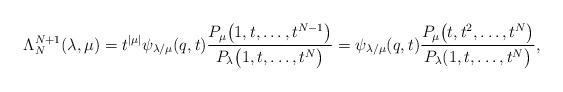
LaTeX: \begin{align*}\Lambda^{N+1}_N(\lambda, \mu) = t^{|\mu|}\psi_{\lambda/\mu}(q, t)\frac{P_{\mu}\big(1, t, \dots, t^{N-1}\big)}{P_{\lambda}\big(1, t, \dots, t^N\big)} = \psi_{\lambda/\mu}(q, t)\frac{P_{\mu}\big(t, t^2, \dots, t^N\big)}{P_{\lambda}(1, t, \dots, t^N\big)},\end{align*}